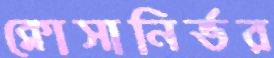
ক্লোসানির্ভর